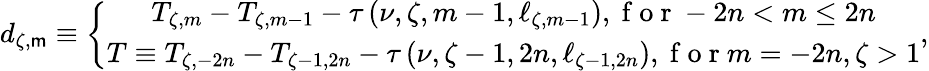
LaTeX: d_{\zeta,\mathsf{m}}\equiv\left\{ \begin{array}{c}{T_{\zeta,m}-T_{\zeta,m-1}-\tau\left(\nu,\zeta,m-1,\ell_{\zeta,m-1}\right),\mathrm{~f~o~r~}-2n<m\leq 2n}\\ {T\equiv T_{\zeta,-2n}-T_{\zeta-1,2n}-\tau\left(\nu,\zeta-1,2n,\ell_{\zeta-1,2n}\right),\mathrm{~f~o~r~}m=-2n,\zeta>1}\end{array}\right.,